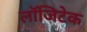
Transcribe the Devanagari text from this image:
लॉजिटेक